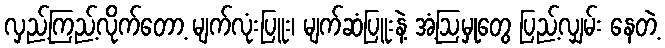
လှည့်ကြည့်လိုက်တော့ မျက်လုံးပြူး၊ မျက်ဆံပြူးနဲ့ အံ့ဩမှုတွေ ပြည့်လျှမ်း နေတဲ့